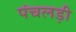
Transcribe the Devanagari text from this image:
पंचलड़ी